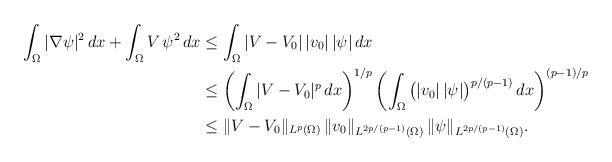
LaTeX: \begin{align*}\int_\Omega|\nabla\psi|^2\,dx+\int_\Omega V\,\psi^2\,dx&\le\int_\Omega|V-V_0|\,|v_0|\,|\psi|\,dx\\&\le\left(\int_\Omega|V-V_0|^p\,dx\right)^{1/p}\left(\int_\Omega \big(|v_0|\,|\psi|\big)^{p/(p-1)}\,dx\right)^{(p-1)/p}\\&\le\|V-V_0\|_{L^p(\Omega)}\,\|v_0\|_{L^{2p/(p-1)}(\Omega)}\,\|\psi\|_{L^{2p/(p-1)}(\Omega)}.\end{align*}